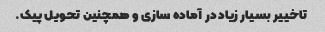
تاخییر بسیار زیاد در آماده سازی و همچنین تحویل پیک.